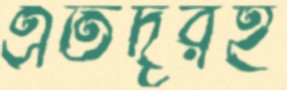
এতদূরই